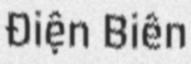
Điện Biên